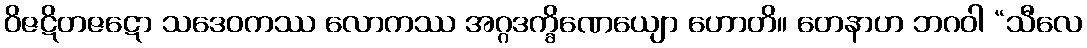
ဝိဇဋိတဇဋော သဒေဝကဿ လောကဿ အဂ္ဂဒက္ခိဏေယျော ဟောတိ။ တေနာဟ ဘဂဝါ “သီလေ